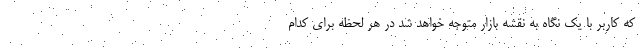
که کاربر با یک نگاه به نقشه بازار متوجه خواهد شد در هر لحظه برای کدام